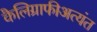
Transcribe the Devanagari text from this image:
कैलिग्राफीअत्यंत